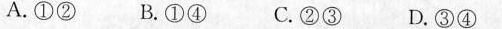
A.①② B.①④ C.②③ D.③④